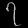
Digit: ၇